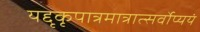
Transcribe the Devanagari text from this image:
यद्दृकृपात्रमात्रात्सर्वोप्ययं